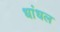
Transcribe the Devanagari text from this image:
धांधल